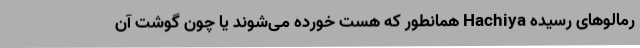
رمالوهای رسیده Hachiya همانطور که هست خورده می‌شوند یا چون گوشت آن